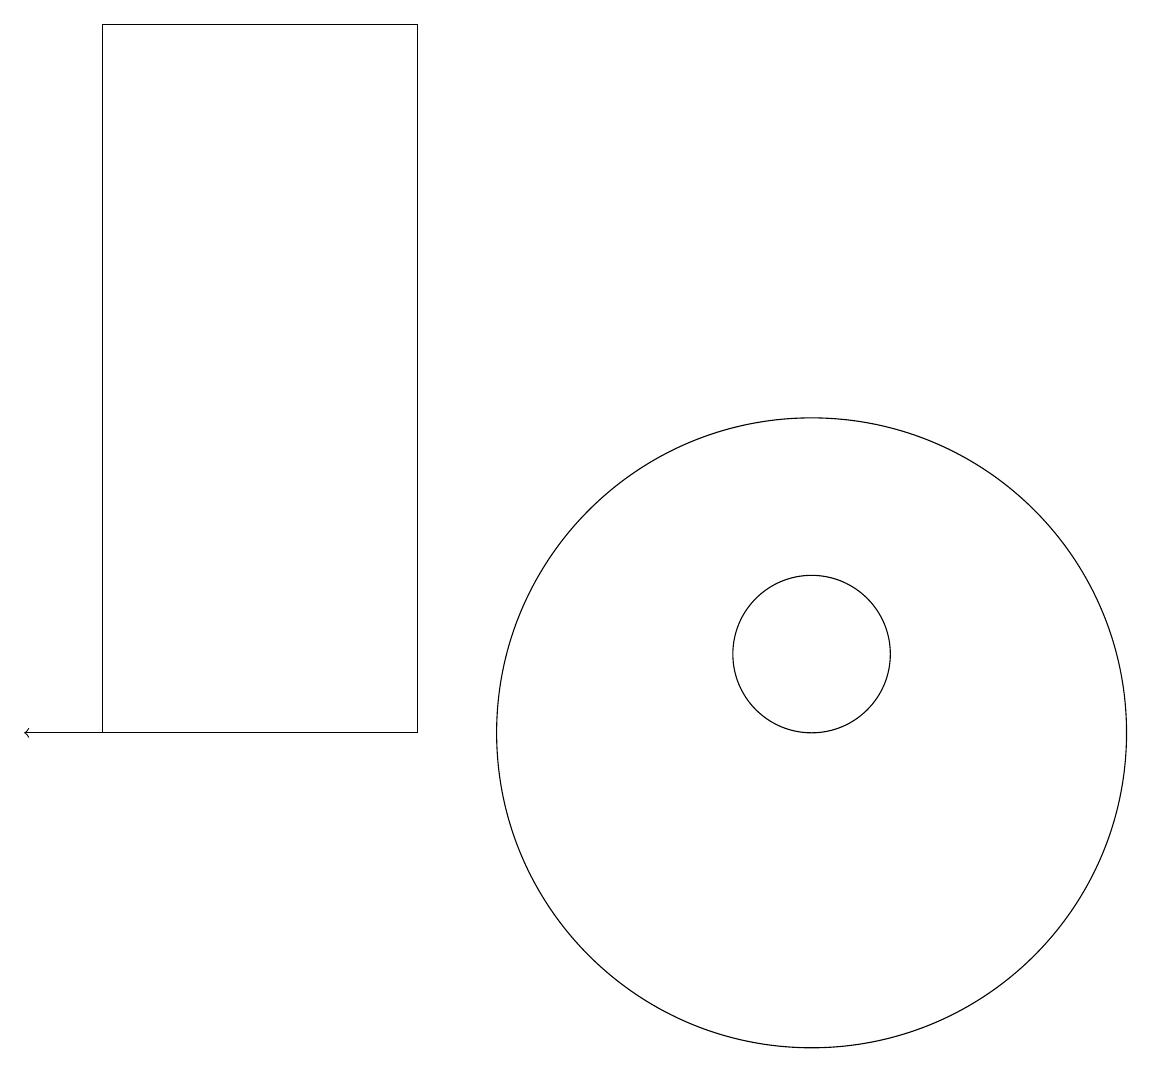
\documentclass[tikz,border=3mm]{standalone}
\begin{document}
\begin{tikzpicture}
\draw (11,11) circle (1);
\draw[->] (2,10) -- (1,10);
\draw (11,10) circle (4);
\draw (2,19) rectangle (6,10);
\draw (12,10) circle (0);
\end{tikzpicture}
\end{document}